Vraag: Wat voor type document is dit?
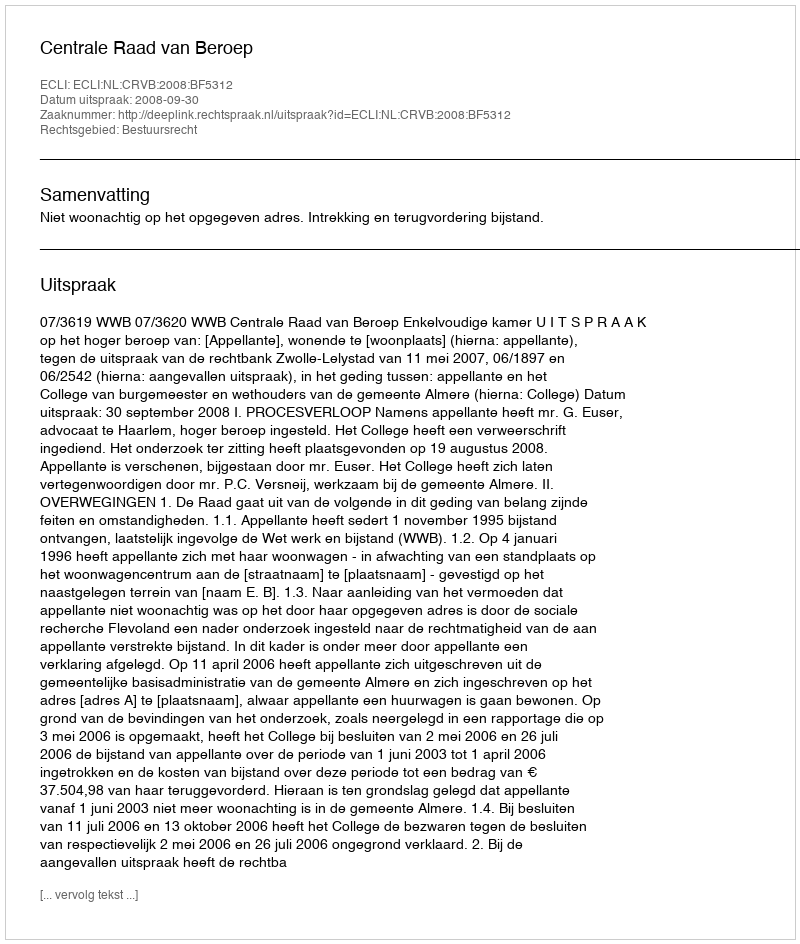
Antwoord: Uitspraak